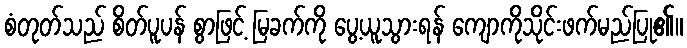
စံတုတ်သည် စိတ်ပူပန် စွာဖြင့် မြခက်ကို ပွေ့ယူသွားရန် ကျောကိုသိုင်းဖက်မည်ပြု၏။